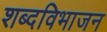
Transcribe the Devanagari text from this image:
शब्दविभाजन